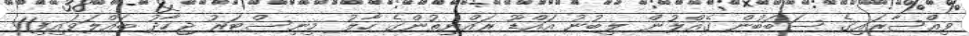
ވިއްސާރައިގެ ސަބަބުން ގެއްލުން ލިބުނު އައްޑޫ ރައްޔިތުންގެ ހާލު މިނިސްޓަރު ޖިހާދު ބައްލަވައިފި11